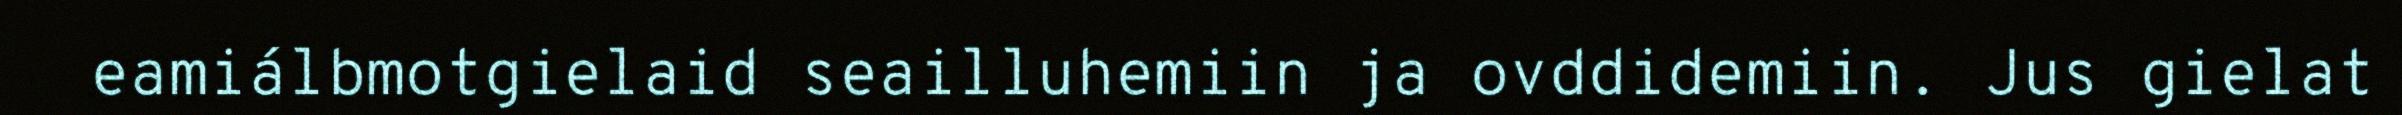
eamiálbmotgielaid seailluhemiin ja ovddidemiin. Jus gielat